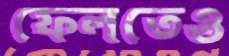
ফেলতেও